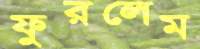
ফুরলেম